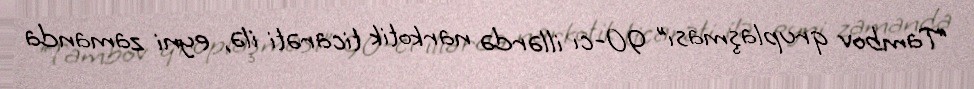
“Tambov qruplaşması” 90-cı illərdə narkotik ticarəti ilə, eyni zamanda